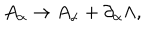
LaTeX: A _ { \alpha } \rightarrow A _ { \alpha } + \partial _ { \alpha } \Lambda ,